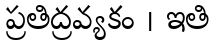
ప్రతిద్రవ్యకం । ఇతి